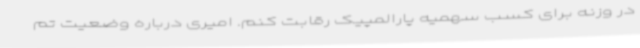
در وزنه برای کسب سهمیه پارالمپیک رقابت کنم. امیری درباره وضعیت تم